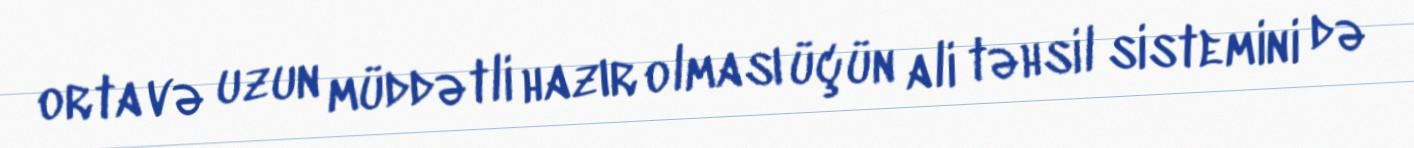
orta və uzun müddətli hazır olması üçün ali təhsil sistemini də